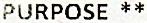
PURPOSE **